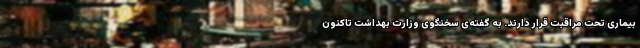
بیماری تحت مراقبت قرار دارند. به گفته‌ی سخنگوی وزارت بهداشت تاکنون